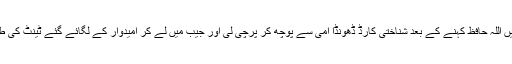
خیر ہم نے انھیں اللہ حافظ کہنے کے بعد شناختی کارڈ ڈھونڈا امی سے پوچھ کر پرچی لی اور جیب میں لے کر امیدوار کے لگائے گئے ٹینٹ کی طرف چل دئیے۔